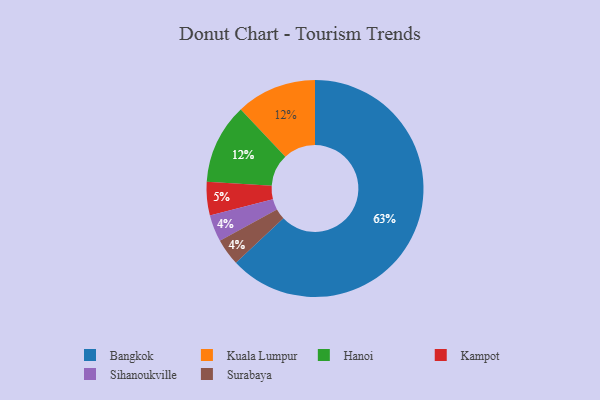
{"axis": {"x": "Category", "y": "Percentage"}, "legend": ["Bangkok", "Hanoi", "Kampot", "Kuala Lumpur", "Sihanoukville", "Surabaya"], "data": [{"x": "Bangkok", "y": 63, "type": "Bangkok"}, {"x": "Kampot", "y": 5, "type": "Kampot"}, {"x": "Kuala Lumpur", "y": 12, "type": "Kuala Lumpur"}, {"x": "Sihanoukville", "y": 4, "type": "Sihanoukville"}, {"x": "Hanoi", "y": 12, "type": "Hanoi"}, {"x": "Surabaya", "y": 4, "type": "Surabaya"}]}